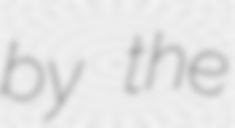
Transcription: by the